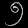
Digit: ၅